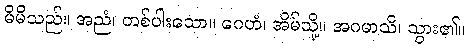
မိမိသည်။ အညံ၊ တစ်ပါးသော။ ဂေဟံ၊ အိမ်သို့။ အဂမာသိ၊ သွား၏။